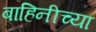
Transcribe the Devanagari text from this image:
बाहिनीच्या